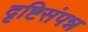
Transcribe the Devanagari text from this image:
दृष्टिसंपन्न